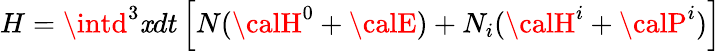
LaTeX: H=\intd^{3}\mathit{x}dt\left[N({\calH}^{0}+{\calE})+N_{i}({\calH}^{i}+{\calP}^{i})\right]